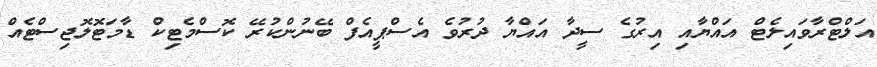
އަލްޓްރާވައިލެޓް އައްޔާއި އިރުގެ ސީދާ އައްޔާ ދުރުވެ އެސްޕީއެފް ބޭނުންކުރޭ ކޮސްމެޓިކް ޑާމަޓޮލޮޖިސްޓެއް